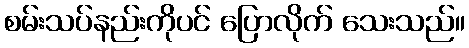
စမ်းသပ်နည်းကိုပင် ပြောလိုက် သေးသည်။